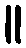
။